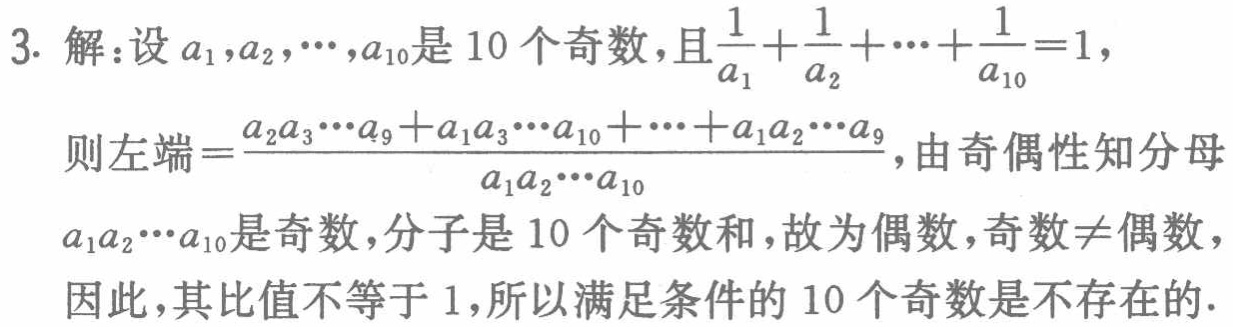
3. 解：设\(a_1,a_2,\cdots,a_{10}\)是10个奇数，且\(\frac{1}{a_1}+\frac{1}{a_2}+\cdots+\frac{1}{a_{10}} = 1\)，

则左端\(=\frac{a_2a_3\cdots a_9 + a_1a_3\cdots a_{10}+\cdots+a_1a_2\cdots a_9}{a_1a_2\cdots a_{10}}\)，由奇偶性知分母\(a_1a_2\cdots a_{10}\)是奇数，分子是10个奇数和，故为偶数，奇数\(\neq\)偶数，因此，其比值不等于1，所以满足条件的10个奇数是不存在的.